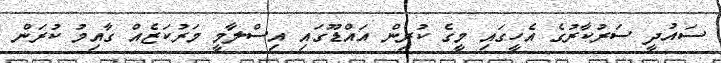
ސައުދީ ސަރުކާރުގެ އެހީގައި މީގެ ކުރިން އައްޑޫގައި އިސްލާމީ މަރުކަޒެއް ގާއިމު ކުރަން